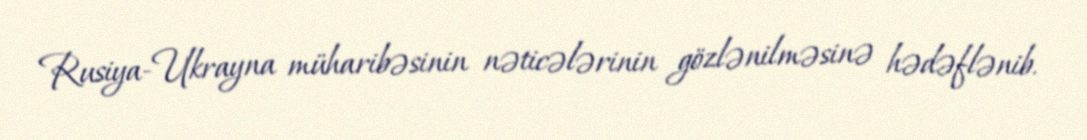
Rusiya-Ukrayna müharibəsinin nəticələrinin gözlənilməsinə hədəflənib.